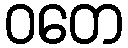
ဝတေ